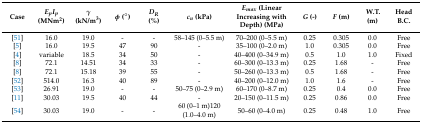
| Case | EpIp (MNm2) | γ (kN/m3) | φ (°) | DR (%) | cu (kPa) | Emax (Linear Increasing with Depth) (MPa) | G (-) | F (m) | W.T. (m) | Head B.C. |
 | --- | --- | --- | --- | --- | --- | --- | --- | --- | --- | --- |
 | [51] | 16.0 | 19.0 | - | - | 58–145 (0–5.5 m) | 70–200 (0–5.5 m) | 0.25 | 0.305 | 0.0 | Free |
 | [5] | 16.0 | 19.5 | 47 | 90 | - | 35–100 (0–2.0 m) | 1.0 | 0.305 | 0.0 | Free |
 | [4] | variable | 18.5 | 34 | 50 | - | 40–400 (0–34.9 m) | 0.5 | 1.0 | 1.0 | Fixed |
 | [8] | 72.1 | 14.51 | 34 | 33 | - | 60–300 (0–13.3 m) | 0.25 | 1.68 | - | Free |
 | [8] | 72.1 | 15.18 | 39 | 55 | - | 50–260 (0–13.3 m) | 0.5 | 1.68 | - | Free |
 | [52] | 514.0 | 16.3 | 40 | 89 | - | 40–200 (0–12.0 m) | 1.0 | 1.6 | - | Free |
 | [53] | 26.91 | 19.0 | - | - | 50–75 (0–2.9 m) | 60–170 (0–8.7 m) | 0.25 | 0.4 | 0.0 | Free |
 | [11] | 30.03 | 19.5 | 40 | 44 | - | 20–150 (0–11.5 m) | 0.25 | 0.86 | 0.0 | Free |
 | [54] | 30.03 | 19.0 | - | - | 60 (0–1 m)120 (1.0–4.0 m) | 50–60 (0–4.0 m) | 0.25 | 0.48 | 1.0 | Free |